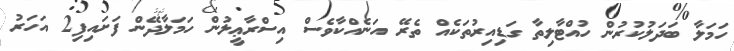
ހަމަލާ ބަދަލުކުރުން ހުއްޓާލިތާ ގަޑިއިރުތަކެއް ތެރޭ އަނެއްކާވެސް އިސްރާޢީލުން ހަމަލާދޭން ފަށައިފި2 އަހަރު